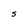
Character: S